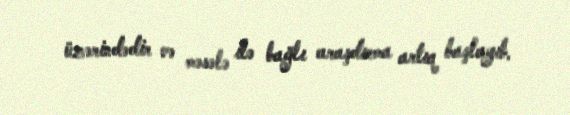
üzərindədir və məsələ ilə bağlı araşdırma artıq başlayıb.